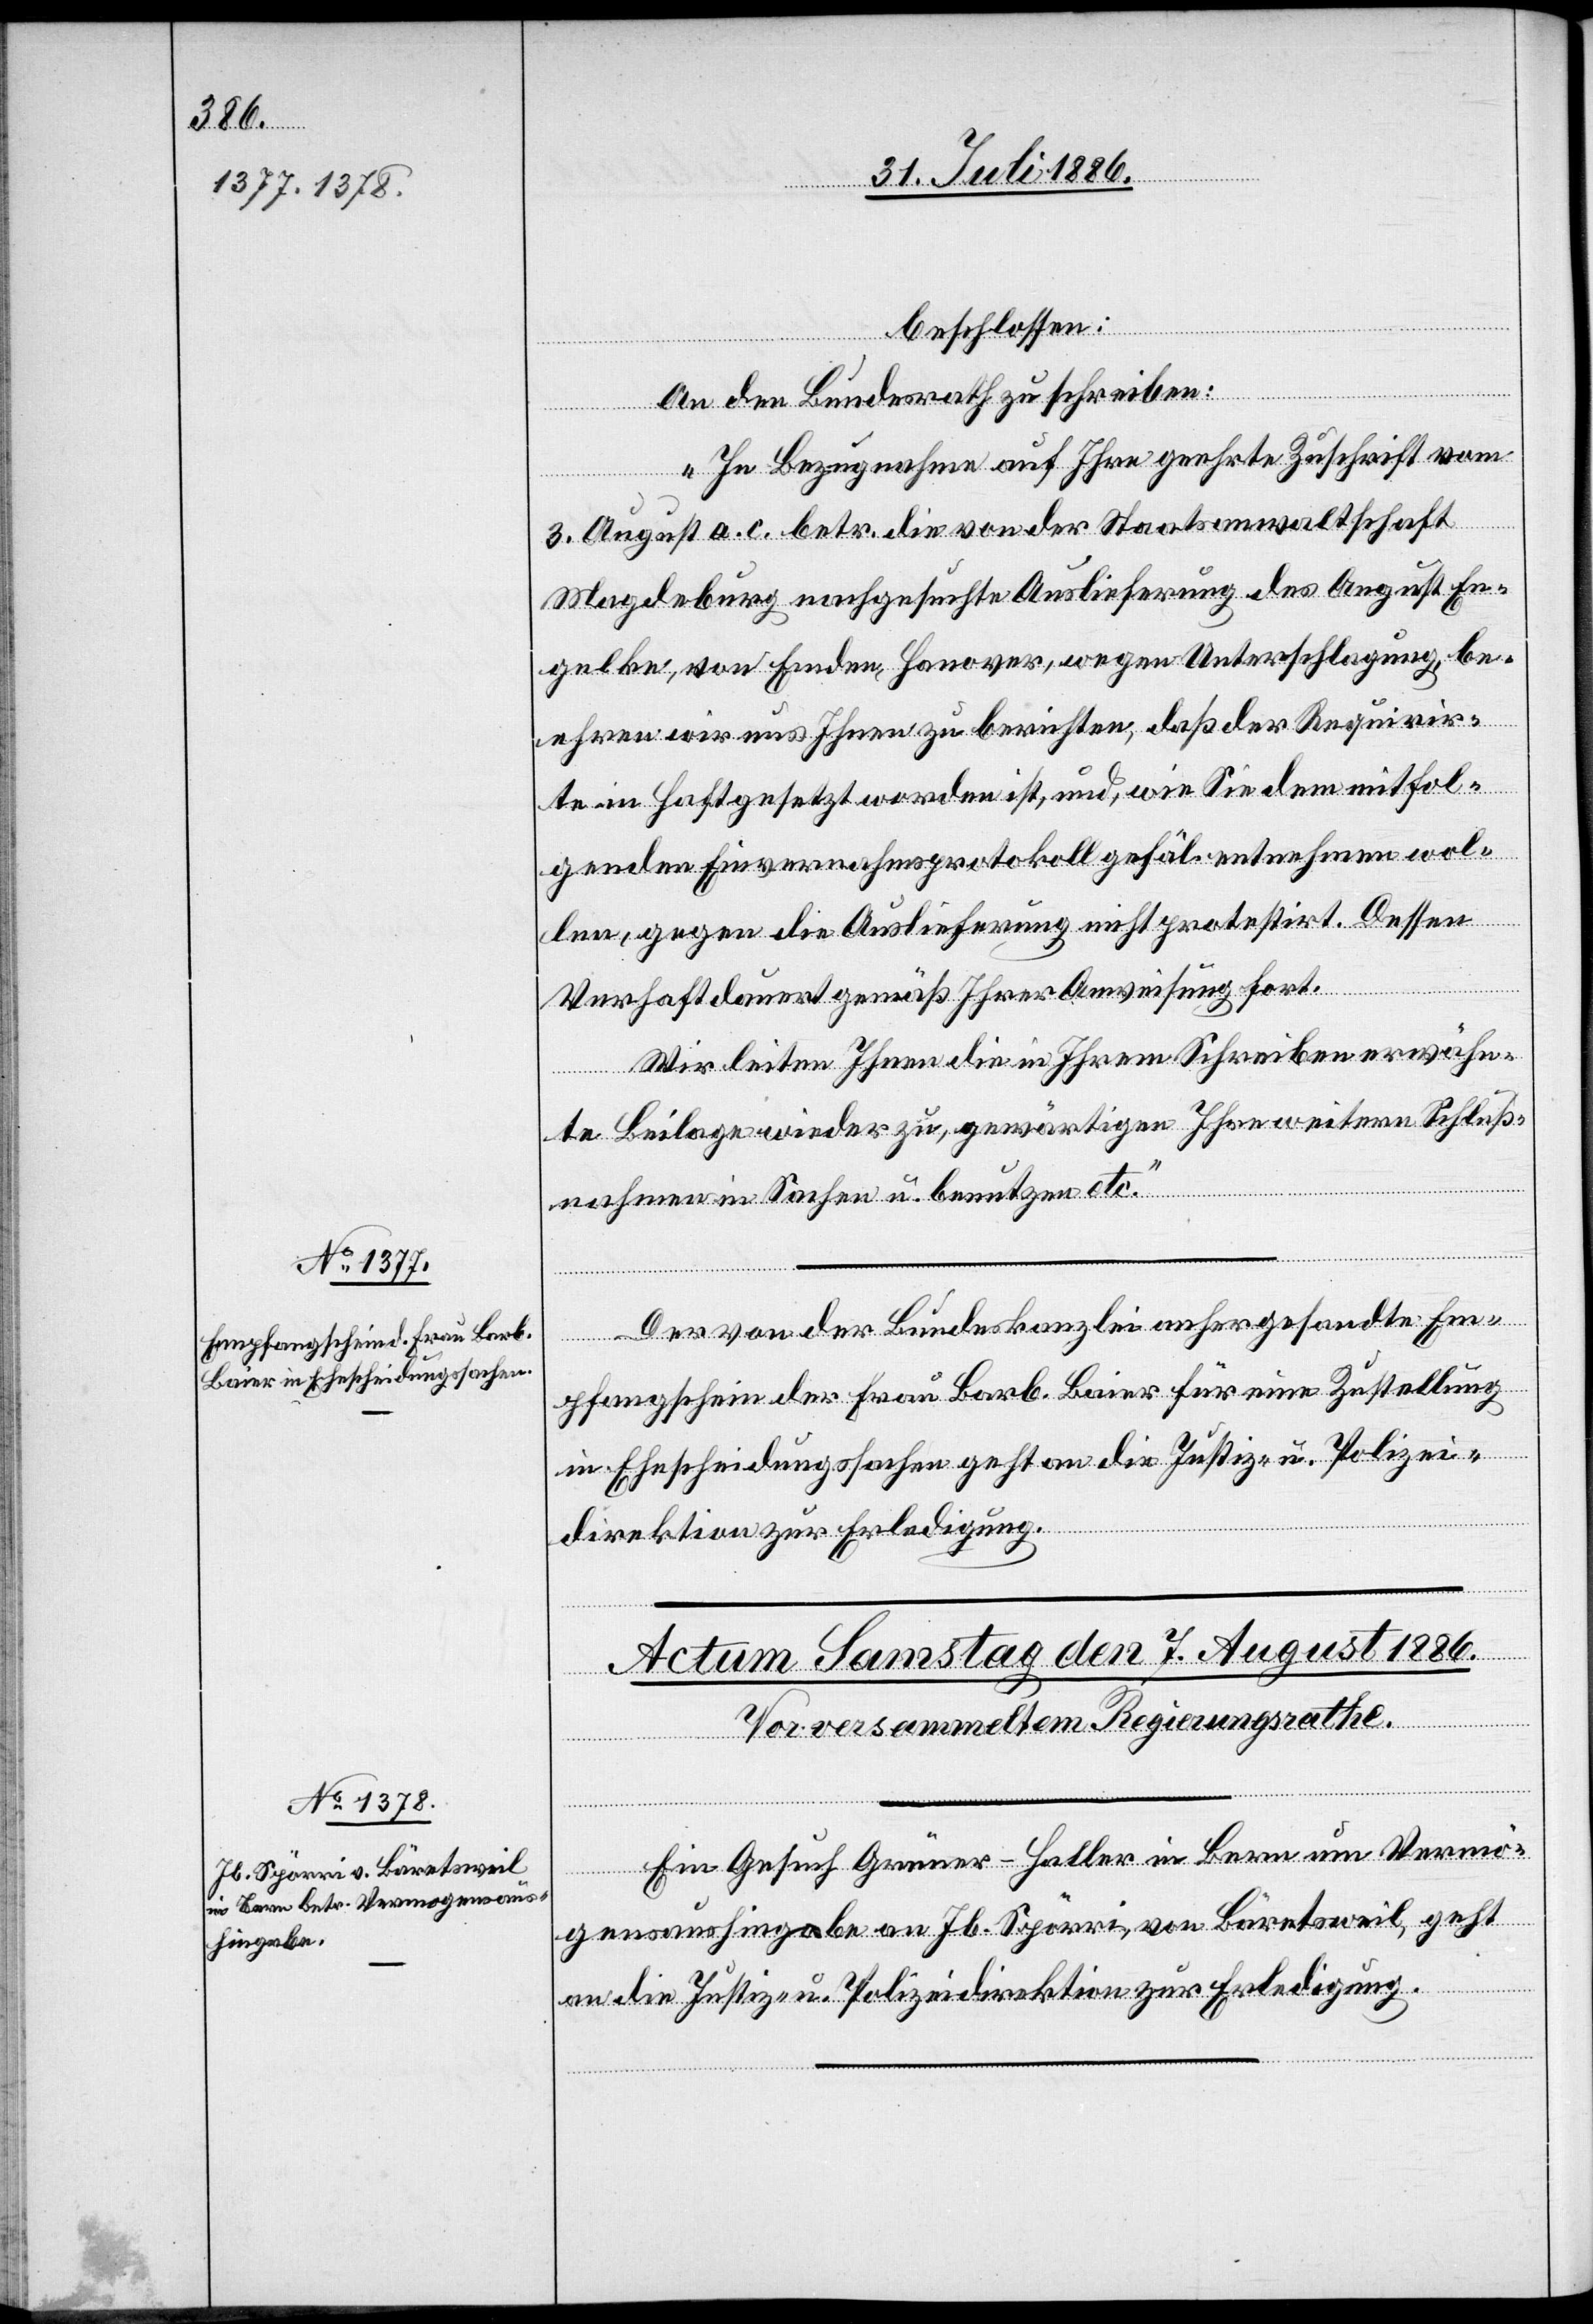
1886.]

beschlossen:
An den Bundesrath zu schreiben:
„In Bezugnahme auf Ihre geehrte Zuschrift vom
3. August a. c. betr. die von der Staatsanwaltschaft
Magdeburg nachgesuchte Auslieferung des August En¬
gelke, von Emden, Hanover, wegen Unterschlagung, be¬
ehren wir uns Ihnen zu berichten, daß der Requirir¬
te in Haft gesetzt worden ist, und, wie Sie dem mitfol¬
genden Einvernahmsprotokoll gefäl. entnehmen wol¬
len, gegen die Auslieferung nicht protestirt. Dessen
Verhaft dauert gemäß Ihrer Anweisung fort.
Wir leiten Ihnen die in Ihrem Schreiben erwähn¬
te Beilage wieder zu, gewärtigen Ihre weitern Schluß¬
nahmen in Sachen u. benutzen etc.“
Der von der Bundeskanzlei anhergesandte Em¬
pfangschein der Frau Barb. Baier für eine Zustellung
in Ehescheidungssachen geht an die Justiz- u. Polizei¬
direktion zur Erledigung.
Ein Gesuch Grüner-Haller in Bern um Vermö¬
verfügungen
gensaushingabe an Jb. Spörri, von Bäretsweil, geht
an die Justiz- u. Polizeidirektion zur Erledigung.